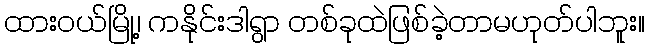
ထားဝယ်မြို့၊ ကနိုင်းဒါရွာ တစ်ခုထဲဖြစ်ခဲ့တာမဟုတ်ပါဘူး။